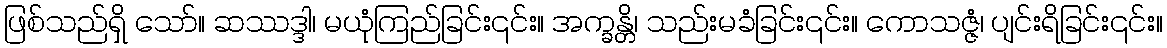
ဖြစ်သည်ရှိ သော်။ ဆဿဒ္ဒါ၊ မယုံကြည်ခြင်း၎င်း။ အက္ခန္တိ၊ သည်းမခံခြင်း၎င်း။ ကောသဇ္ဇံ၊ ပျင်းရိခြင်း၎င်း။